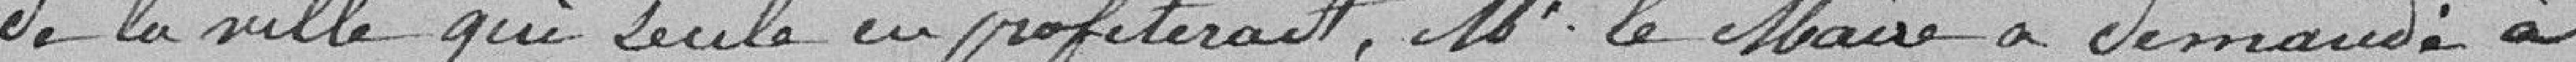
de la Ville qui seule en profiterait. Monsieur le Maire a demandé à